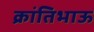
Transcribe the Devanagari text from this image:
क्रांतिभाऊ